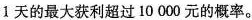
1天的最大获利超过10000元的概率。